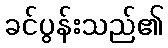
ခင်ပွန်းသည်၏